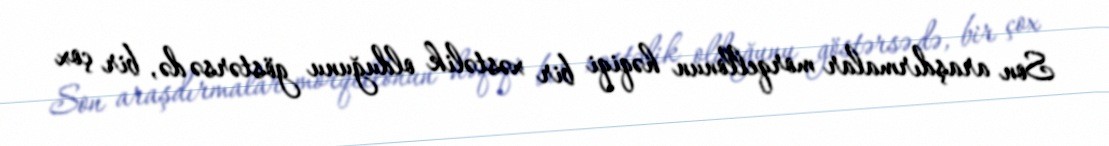
Son araşdırmalar morqellonun həqiqi bir xəstəlik olduğunu göstərsə də, bir çox